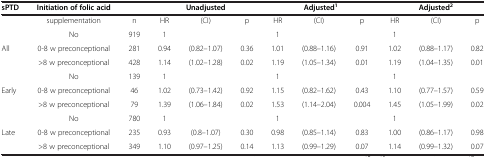
<table><thead><tr><td><b>sPTD</b></td><td><b>Initiation of folic acid</b></td><td><b> </b></td><td colspan="3"><b>Unadjusted</b></td><td colspan="3"><b>Adjusted<sup>1</sup></b></td><td colspan="3"><b>Adjusted<sup>2</sup></b></td></tr></thead><tbody><tr><td> </td><td>supplementation</td><td>n</td><td>HR</td><td>(CI)</td><td>p</td><td>HR</td><td>(CI)</td><td>p</td><td>HR</td><td>(CI)</td><td>p</td></tr><tr><td> </td><td>No</td><td>919</td><td>1</td><td> </td><td> </td><td>1</td><td> </td><td> </td><td>1</td><td> </td><td> </td></tr><tr><td>All</td><td>0-8 w preconceptional</td><td>281</td><td>0.94</td><td>(0.82–1.07)</td><td>0.36</td><td>1.01</td><td>(0.88–1.16)</td><td>0.91</td><td>1.02</td><td>(0.88–1.17)</td><td>0.82</td></tr><tr><td> </td><td>&gt;8 w preconceptional</td><td>428</td><td>1.14</td><td>(1.02–1.28)</td><td>0.02</td><td>1.19</td><td>(1.05–1.34)</td><td>0.01</td><td>1.19</td><td>(1.04–1.35)</td><td>0.01</td></tr><tr><td> </td><td>No</td><td>139</td><td>1</td><td> </td><td> </td><td>1</td><td> </td><td> </td><td>1</td><td> </td><td> </td></tr><tr><td>Early</td><td>0-8 w preconceptional</td><td>46</td><td>1.02</td><td>(0.73–1.42)</td><td>0.92</td><td>1.15</td><td>(0.82–1.62)</td><td>0.43</td><td>1.10</td><td>(0.77–1.57)</td><td>0.59</td></tr><tr><td> </td><td>&gt;8 w preconceptional</td><td>79</td><td>1.39</td><td>(1.06–1.84)</td><td>0.02</td><td>1.53</td><td>(1.14–2.04)</td><td>0.004</td><td>1.45</td><td>(1.05–1.99)</td><td>0.02</td></tr><tr><td> </td><td>No</td><td>780</td><td>1</td><td> </td><td> </td><td>1</td><td> </td><td> </td><td>1</td><td> </td><td> </td></tr><tr><td>Late</td><td>0-8 w preconceptional</td><td>235</td><td>0.93</td><td>(0.8–1.07)</td><td>0.30</td><td>0.98</td><td>(0.85–1.14)</td><td>0.83</td><td>1.00</td><td>(0.86–1.17)</td><td>0.98</td></tr><tr><td> </td><td>&gt;8 w preconceptional</td><td>349</td><td>1.10</td><td>(0.97–1.25)</td><td>0.14</td><td>1.13</td><td>(0.99–1.29)</td><td>0.07</td><td>1.14</td><td>(0.99–1.32)</td><td>0.07</td></tr></tbody></table>